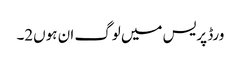
ورڈ پریس میں لوگ ان ہوں2۔